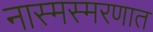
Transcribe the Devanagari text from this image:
नास्मस्मरणात